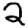
Digit: 2